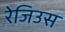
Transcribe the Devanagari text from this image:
रेजिउस